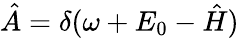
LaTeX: \hat{A}=\delta(\omega+E_{0}-\hat{H})